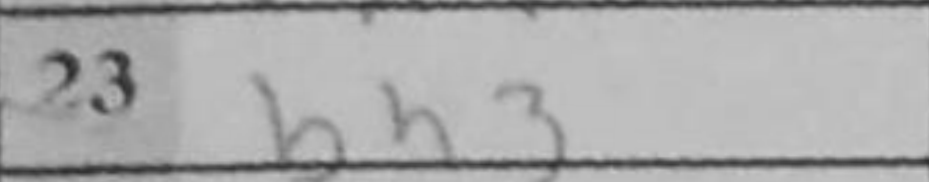
Transcription: bh3